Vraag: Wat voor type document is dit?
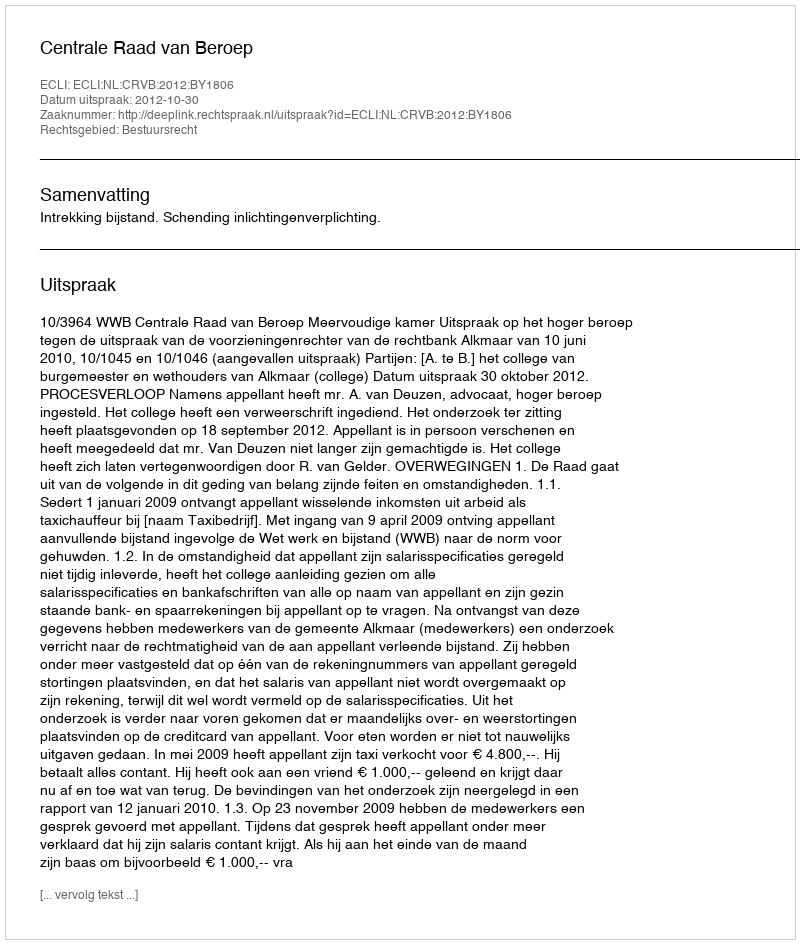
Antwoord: Uitspraak